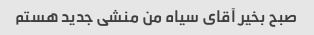
صبح بخیر آقای سیاه من منشی جدید هستم